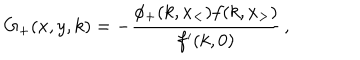
G _ { + } ( x , y , k ) = - \frac { \phi _ { + } ( k , x _ { < } ) f ( k , x _ { > } ) } { f ^ { \prime } ( k , 0 ) } \, ,